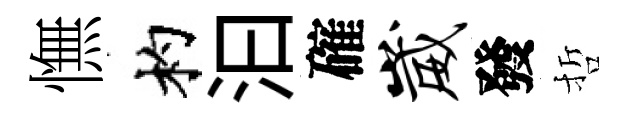
憮杓汩確崴發哲